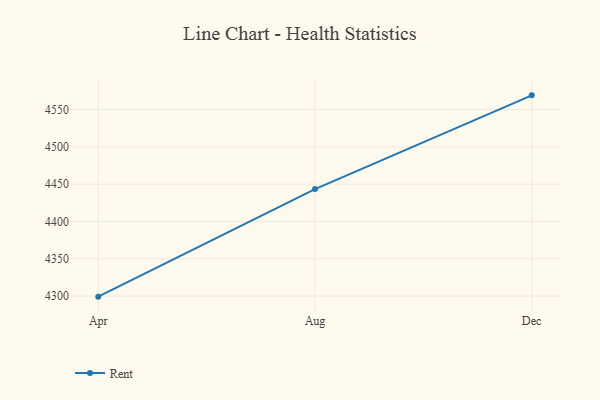
{"axis": {"x": "Month", "y": "Customer Acquisition Cost (USD)"}, "legend": ["Rent"], "data": [{"x": "Apr", "y": 4299.2, "type": "Rent"}, {"x": "Aug", "y": 4443.4, "type": "Rent"}, {"x": "Dec", "y": 4569.0, "type": "Rent"}]}